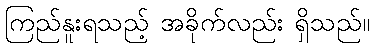
ကြည်နူးရသည့် အခိုက်လည်း ရှိသည်။